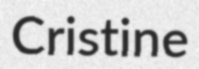
Cristine